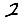
Digit: 2